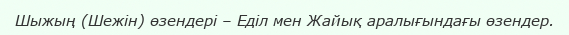
Шыжың (Шежін) өзендері – Еділ мен Жайық аралығындағы өзендер.